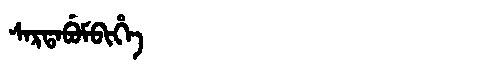
Manchu: ᠰᠠᡵᡨᠠᠪᡠᠮᠪᡳᡥᡝ
Romanization: SARTABUMBIHE